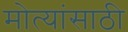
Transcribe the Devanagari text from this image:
मोत्यांसाठी